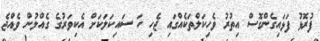
ފުރޮޅު ފަޅައިގެންގޮސް އިތުރު ވެހިކަލްތަކެއްގައި ޖެހި ހަ ސައިކަލަކަށް އެކިވަރުގެ ގެއްލުން ވެއްޖެ